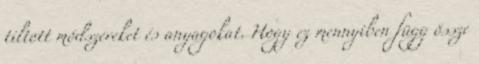
tiltott módszereket és anyagokat. Hogy ez mennyiben függ össze